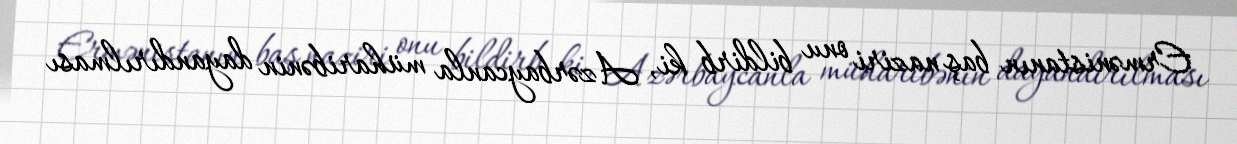
Ermənistanın baş naziri onu bildirb ki, Azərbaycanla müharibənin dayandırılması